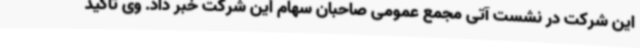
این شرکت در نشست آتی مجمع عمومی صاحبان سهام این شرکت خبر داد. وی تاکید